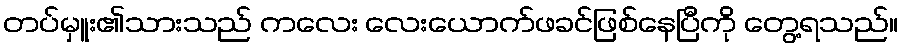
တပ်မှူး၏သားသည် ကလေး လေးယောက်ဖခင်ဖြစ်နေပြီကို တွေ့ရသည်။